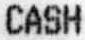
CASH